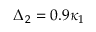
\Delta _ { 2 } = 0 . 9 \kappa _ { 1 }